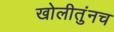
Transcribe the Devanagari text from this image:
खोलीतुंनच